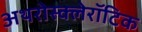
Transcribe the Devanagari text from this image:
अथरोस्क्लेरॉटिक